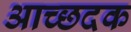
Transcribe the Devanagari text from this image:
आच्छदक